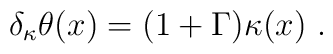
\delta_\kappa \theta (x) =(1+ \Gamma)\kappa (x) \ .